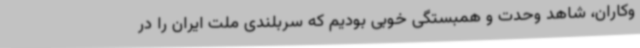
وکاران، شاهد وحدت و همبستگی خوبی بودیم که سربلندی ملت ایران را در